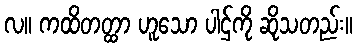
လ။ ကထိတတ္ထာ ဟူသော ပါဌ်ကို ဆိုသတည်း။